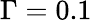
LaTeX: \Gamma=0.1